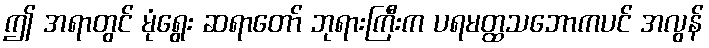
ဤ အရာတွင် မုံရွေး ဆရာတော် ဘုရားကြီးက ပရမတ္ထသဘောကပင် အလွန်